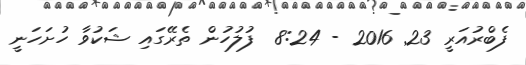
ފެބްރުއަރީ 23